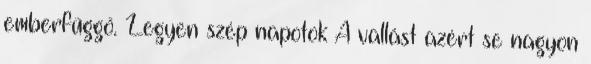
emberfüggő. Legyen szép napotok A vallást azért se nagyon